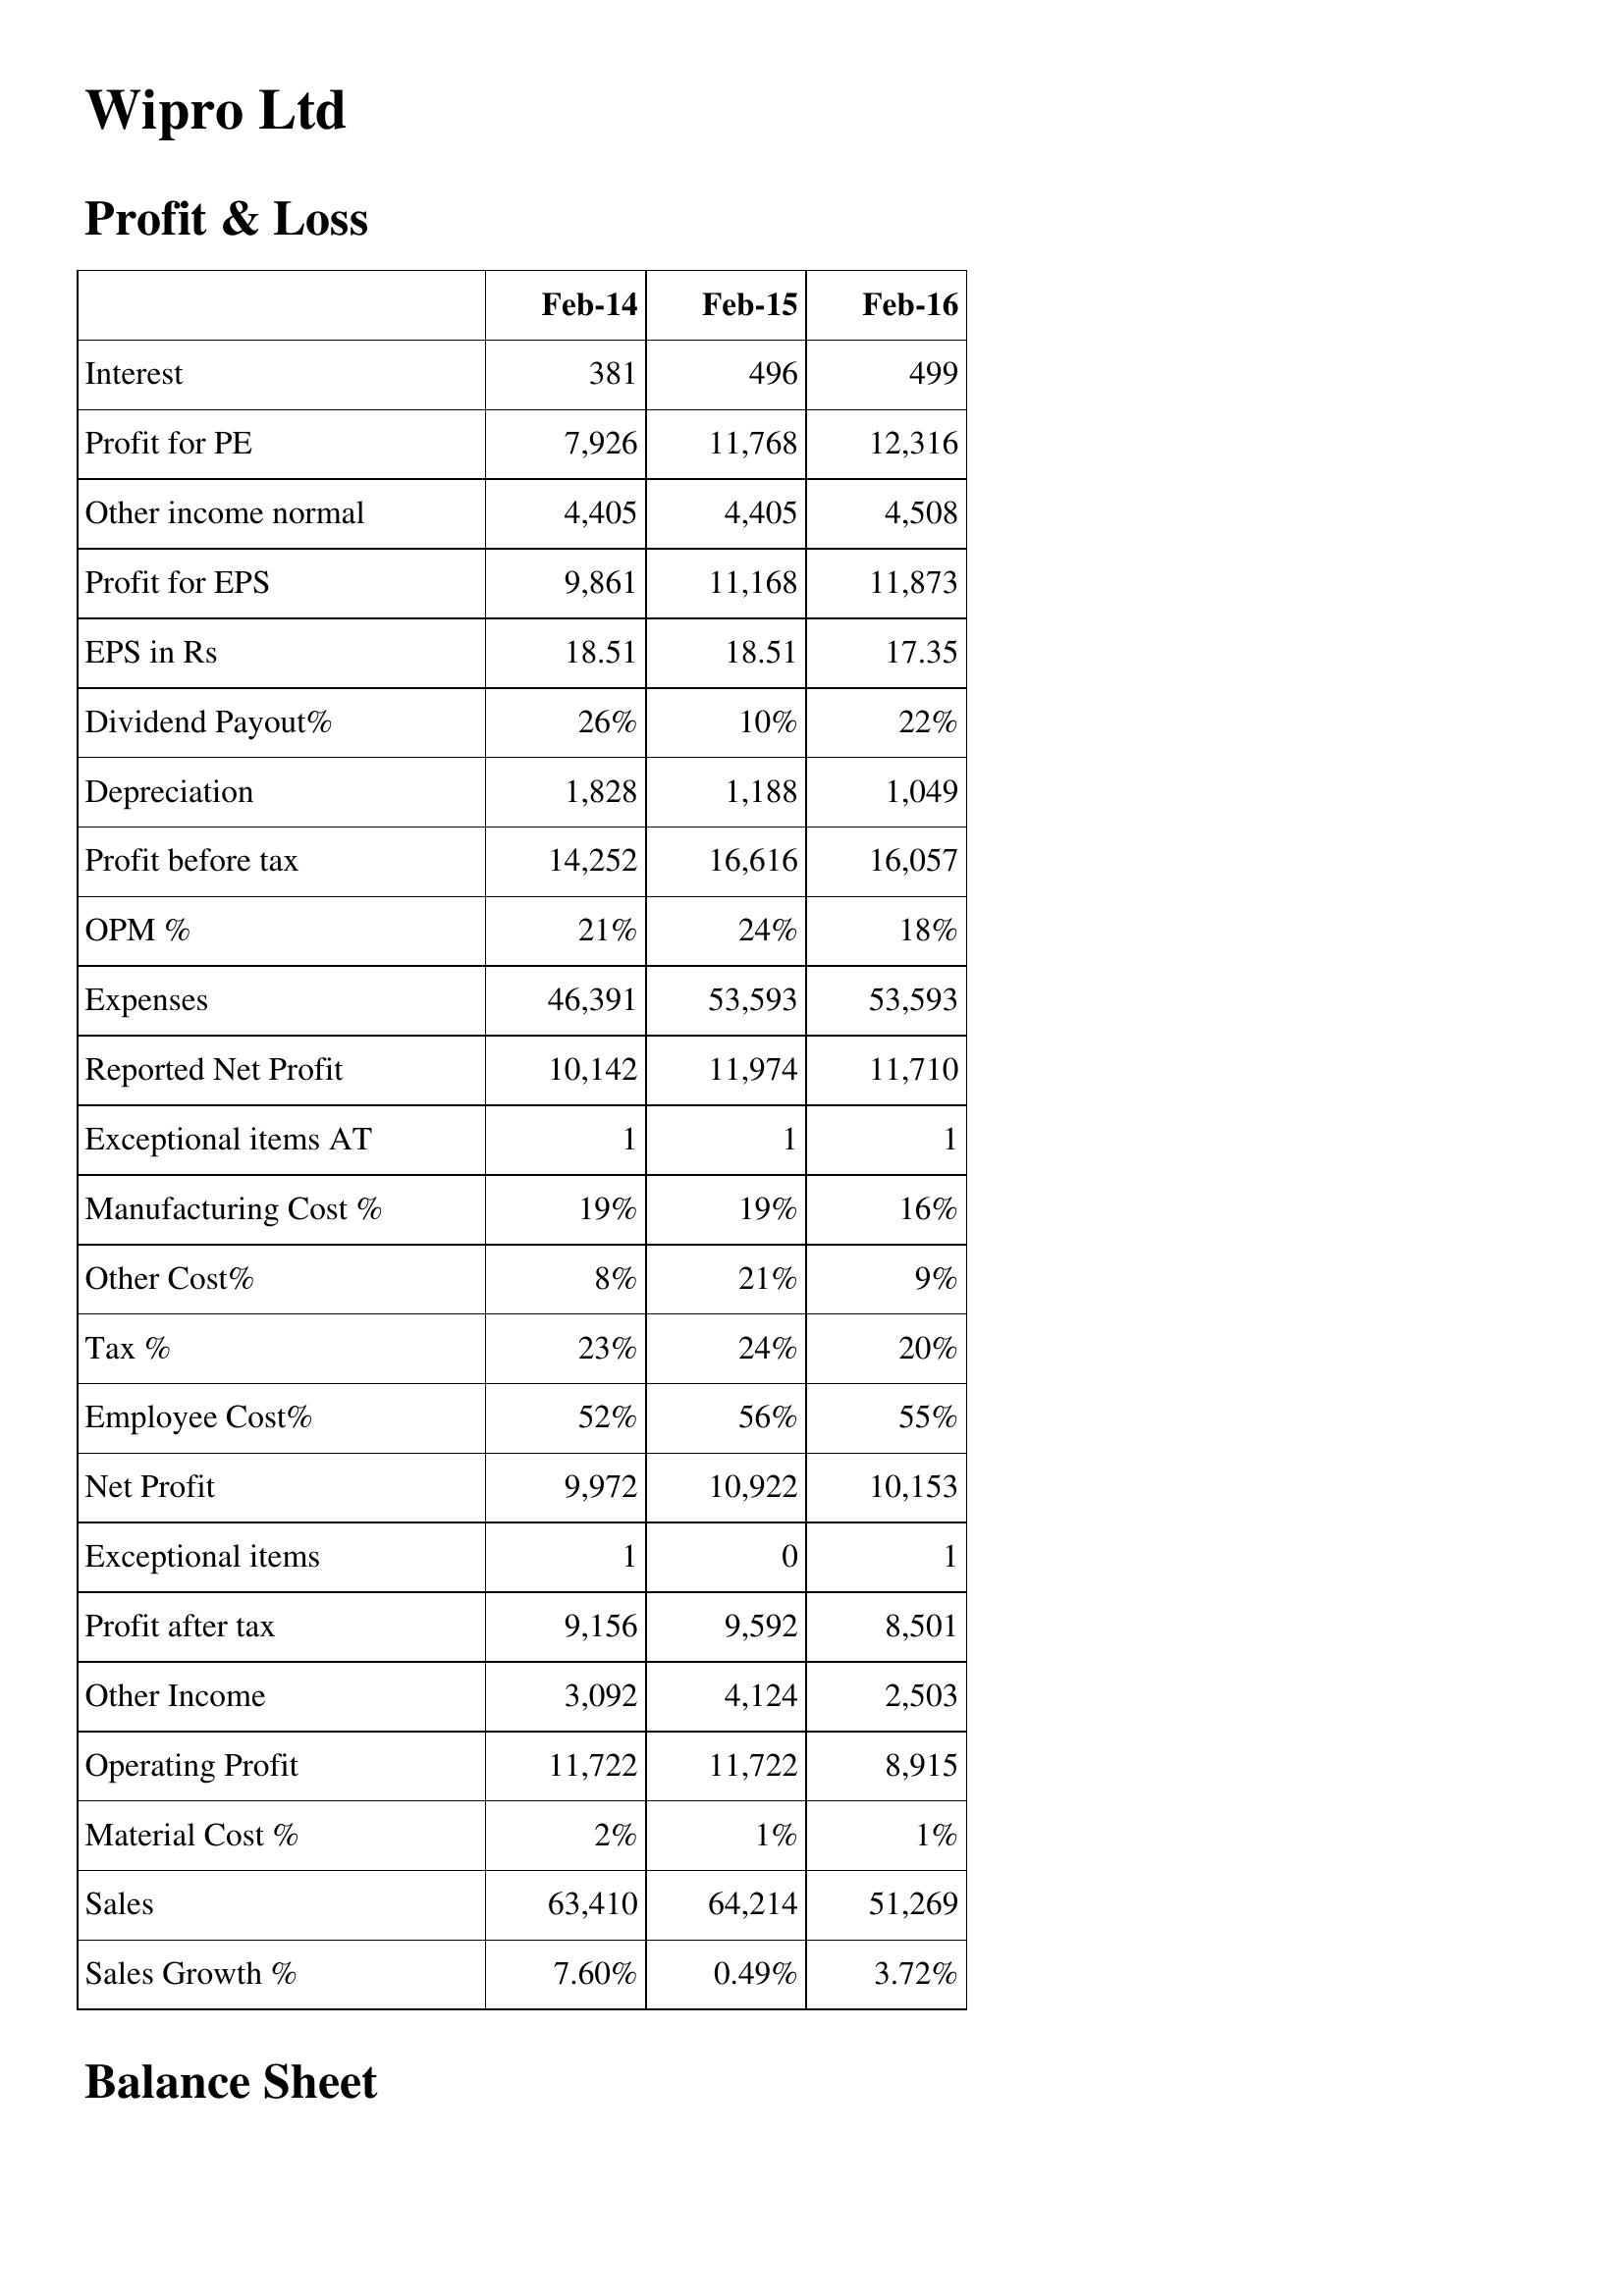
Feb-14: Profit & Loss: Interest: 381
Profit for PE: 7,926
Other income normal: 4,405
Profit for EPS: 9,861
EPS in Rs: 18.51
Dividend Payout%: 26%
Depreciation: 1,828
Profit before tax: 14,252
OPM %: 21%
Expenses: 46,391
Reported Net Profit: 10,142
Exceptional items AT: 1
Manufacturing Cost %: 19%
Other Cost%: 8%
Tax %: 23%
Employee Cost%: 52%
Net Profit: 9,972
Exceptional items: 1
Profit after tax: 9,156
Other Income: 3,092
Operating Profit: 11,722
Material Cost %: 2%
Sales: 63,410
Sales Growth %: 7.60%
Feb-15: Profit & Loss: Interest: 496
Profit for PE: 11,768
Other income normal: 4,405
Profit for EPS: 11,168
EPS in Rs: 18.51
Dividend Payout%: 10%
Depreciation: 1,188
Profit before tax: 16,616
OPM %: 24%
Expenses: 53,593
Reported Net Profit: 11,974
Exceptional items AT: 1
Manufacturing Cost %: 19%
Other Cost%: 21%
Tax %: 24%
Employee Cost%: 56%
Net Profit: 10,922
Exceptional items: 0
Profit after tax: 9,592
Other Income: 4,124
Operating Profit: 11,722
Material Cost %: 1%
Sales: 64,214
Sales Growth %: 0.49%
Feb-16: Profit & Loss: Interest: 499
Profit for PE: 12,316
Other income normal: 4,508
Profit for EPS: 11,873
EPS in Rs: 17.35
Dividend Payout%: 22%
Depreciation: 1,049
Profit before tax: 16,057
OPM %: 18%
Expenses: 53,593
Reported Net Profit: 11,710
Exceptional items AT: 1
Manufacturing Cost %: 16%
Other Cost%: 9%
Tax %: 20%
Employee Cost%: 55%
Net Profit: 10,153
Exceptional items: 1
Profit after tax: 8,501
Other Income: 2,503
Operating Profit: 8,915
Material Cost %: 1%
Sales: 51,269
Sales Growth %: 3.72%